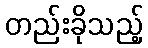
တည်းခိုသည့်